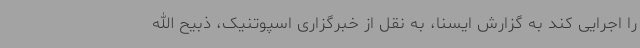
را اجرایی کند به گزارش ایسنا، به نقل از خبرگزاری اسپوتنیک، ذبیح الله